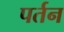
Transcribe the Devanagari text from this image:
पर्तन